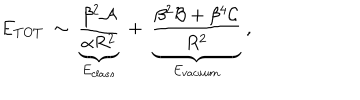
LaTeX: E _ { T O T } \ \sim \ \underbrace { \frac { \beta ^ { 2 } { \cal A } } { \alpha R ^ { 2 } } } _ { E _ { c l a s s } } \ + \ \underbrace { \frac { \beta ^ { 2 } { \cal B } + \beta ^ { 4 } { \cal C } } { R ^ { 2 } } } _ { E _ { v a c u u m } } \ ,